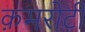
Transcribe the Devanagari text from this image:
क़मरोटी